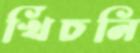
খিঁচনি